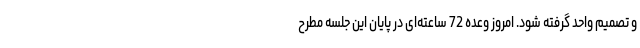
و تصمیم واحد گرفته شود. امروز وعده 72 ساعته‌ای در پایان این جلسه مطرح